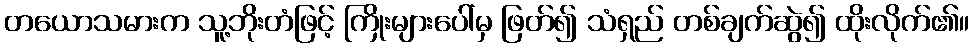
တယောသမားက သူ့ဘိုးတံဖြင့် ကြိုးများပေါ်မှ ဖြတ်၍ သံရှည် တစ်ချက်ဆွဲ၍ ထိုးလိုက်၏။